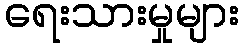
ရေးသားမှုများ